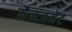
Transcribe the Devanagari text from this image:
मैनजमेंट